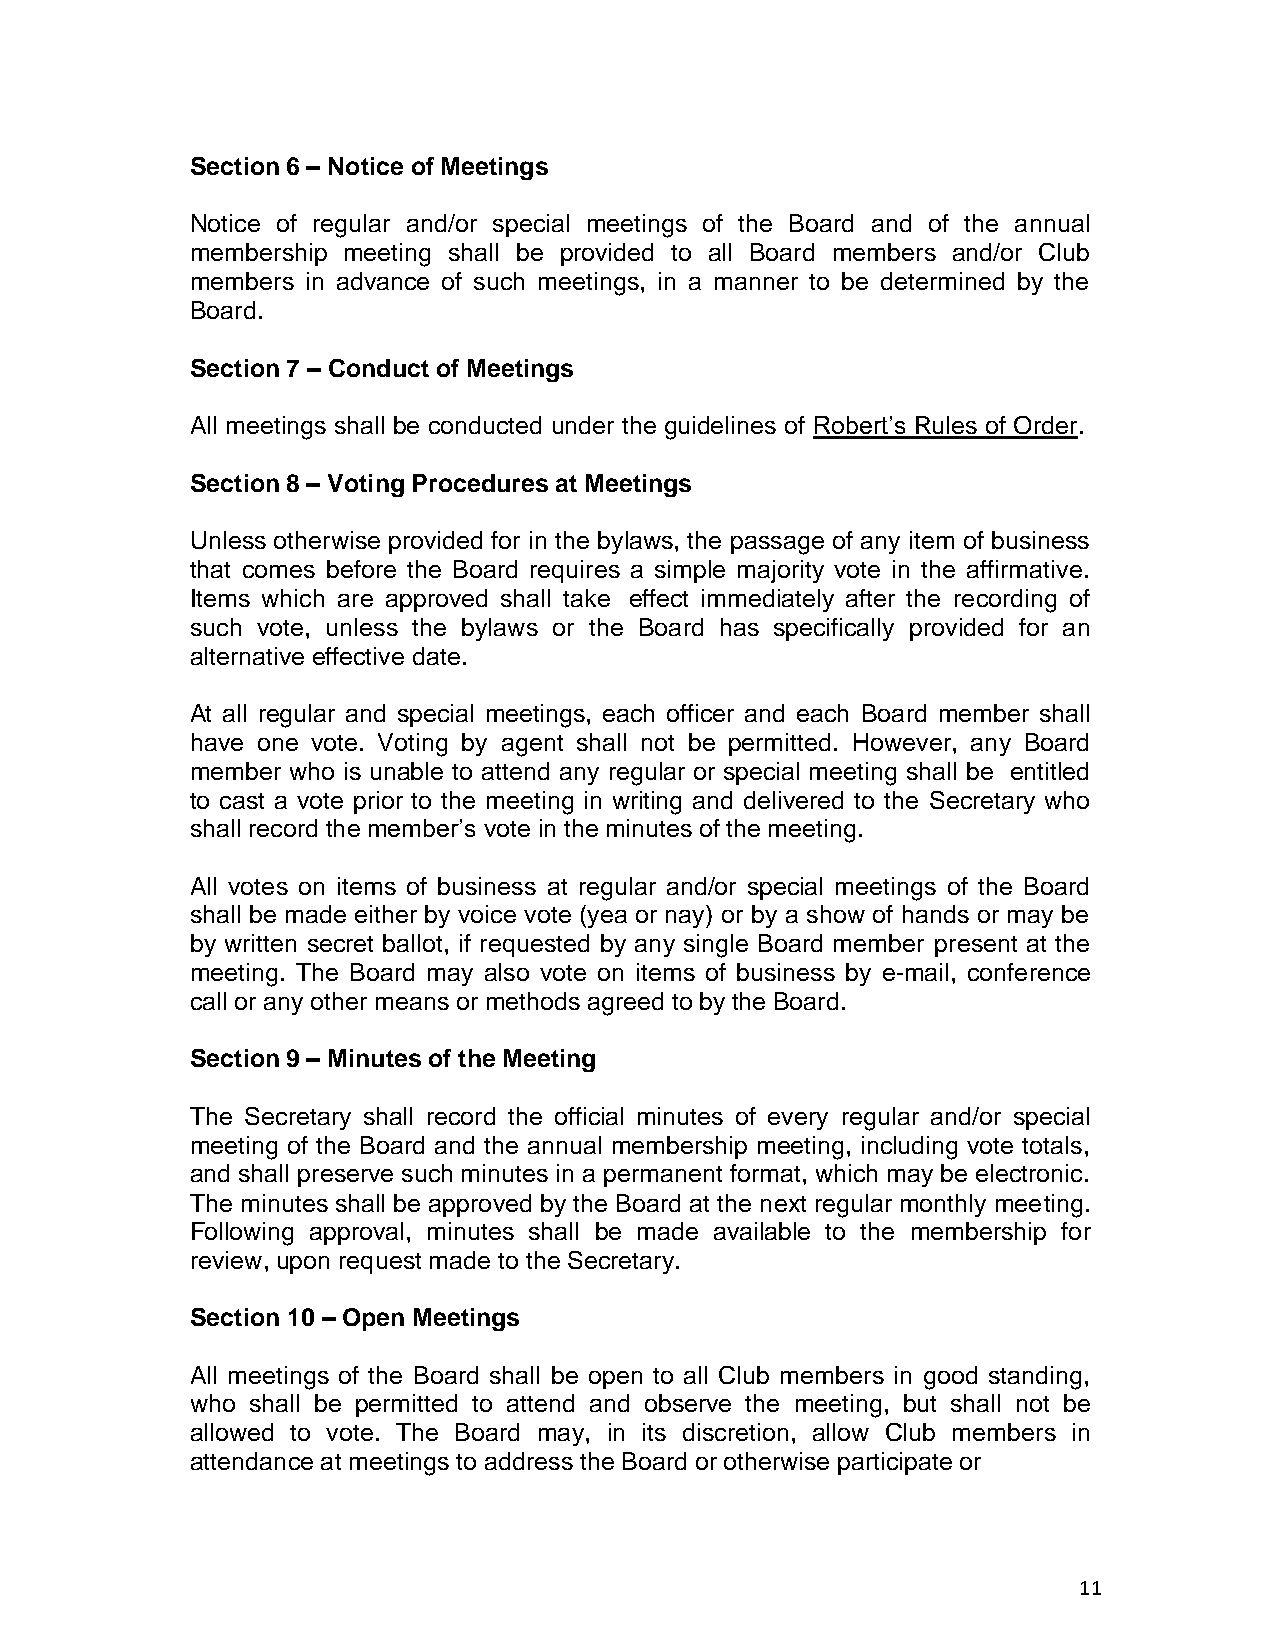
Section 6 – Notice of Meetings
 Notice of regular and/or special meetings of the Board and of the annual
 membership meeting shall be provided to all Board members and/or Club
 members in advance of such meetings, in a manner to be determined by the
 Board.
 Section 7 – Conduct of Meetings
 All meetings shall be conducted under the guidelines of Robert’s Rules of Order.
 Section 8 – Voting Procedures at Meetings
 Unless otherwise provided for in the bylaws, the passage of any item of business
 that comes before the Board requires a simple majority vote in the affirmative.
 Items which are approved shall take effect immediately after the recording of
 such vote, unless the bylaws or the Board has specifically provided for an
 alternative effective date.
 At all regular and special meetings, each officer and each Board member shall
 have one vote. Voting by agent shall not be permitted. However, any Board
 member who is unable to attend any regular or special meeting shall be entitled
 to cast a vote prior to the meeting in writing and delivered to the Secretary who
 shall record the member’s vote in the minutes of the meeting.
 All votes on items of business at regular and/or special meetings of the Board
 shall be made either by voice vote (yea or nay) or by a show of hands or may be
 by written secret ballot, if requested by any single Board member present at the
 meeting. The Board may also vote on items of business by e-mail, conference
 call or any other means or methods agreed to by the Board.
 Section 9 – Minutes of the Meeting
 The Secretary shall record the official minutes of every regular and/or special
 meeting of the Board and the annual membership meeting, including vote totals,
 and shall preserve such minutes in a permanent format, which may be electronic.
 The minutes shall be approved by the Board at the next regular monthly meeting.
 Following approval, minutes shall be made available to the membership for
 review, upon request made to the Secretary.
 Section 10 – Open Meetings
 All meetings of the Board shall be open to all Club members in good standing,
 who shall be permitted to attend and observe the meeting, but shall not be
 allowed to vote. The Board may, in its discretion, allow Club members in
 attendance at meetings to address the Board or otherwise participate or
 11